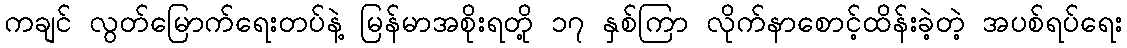
ကချင် လွတ်မြောက်ရေးတပ်နဲ့ မြန်မာအစိုးရတို့ ၁၇ နှစ်ကြာ လိုက်နာစောင့်ထိန်းခဲ့တဲ့ အပစ်ရပ်ရေး